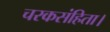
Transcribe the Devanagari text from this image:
चरकसंहिता।